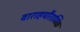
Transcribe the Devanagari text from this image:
वाराहपौराणिक